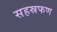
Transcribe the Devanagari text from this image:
सहस्रफण